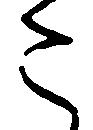
こ